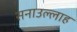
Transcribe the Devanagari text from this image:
सनाउल्‍लाह